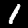
Digit: 1